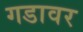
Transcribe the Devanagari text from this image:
गडावर